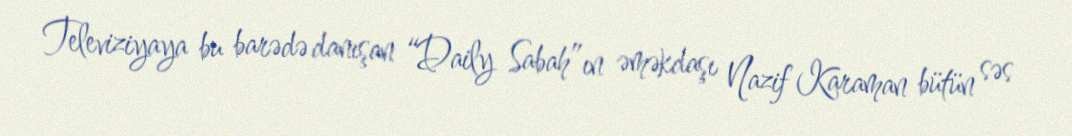
Televiziyaya bu barədə danışan “Daily Sabah”ın əməkdaşı Nazif Karaman bütün səs